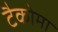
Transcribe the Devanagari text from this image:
टैकोमा